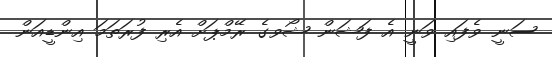
ސަނީ ވެފައި ވަނީ އެ ފަޝަން ޝޯވގެ ރޭމްޕަށް އެރި ފުރަތަމަ އިންޑީއަން